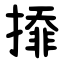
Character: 㩑